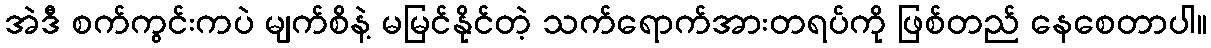
အဲဒီ စက်ကွင်းကပဲ မျက်စိနဲ့ မမြင်နိုင်တဲ့ သက်ရောက်အားတရပ်ကို ဖြစ်တည် နေစေတာပါ။